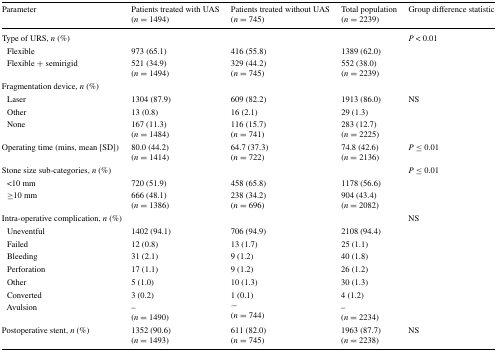
| Parameter | Patients treated with UAS(n = 1494) | Patients treated without UAS(n = 745) | Total population(n = 2239) | Group difference statistic |
 | --- | --- | --- | --- | --- |
 | Type of URS, n (%) |  |  |  | P < 0.01 |
 | Flexible | 973 (65.1) | 416 (55.8) | 1389 (62.0) |  |
 | Flexible + semirigid | 521 (34.9)(n = 1494) | 329 (44.2)(n = 745) | 552 (38.0)(n = 2239) |  |
 | Fragmentation device, n (%) |  |  |  |  |
 | Laser | 1304 (87.9) | 609 (82.2) | 1913 (86.0) | NS |
 | Other | 13 (0.8) | 16 (2.1) | 29 (1.3) |  |
 | None | 167 (11.3)(n = 1484) | 116 (15.7)(n = 741) | 283 (12.7)(n = 2225) |  |
 | Operating time (mins, mean [SD]) | 80.0 (44.2)(n = 1414) | 64.7 (37.3)(n = 722) | 74.8 (42.6)(n = 2136) | P ≤ 0.01 |
 | Stone size sub-categories, n (%) |  |  |  | P ≤ 0.01 |
 | <10 mm | 720 (51.9) | 458 (65.8) | 1178 (56.6) |  |
 | ≥10 mm | 666 (48.1)(n = 1386) | 238 (34.2)(n = 696) | 904 (43.4)(n = 2082) |  |
 | Intra-operative complication, n (%) |  |  |  | NS |
 | Uneventful | 1402 (94.1) | 706 (94.9) | 2108 (94.4) |  |
 | Failed | 12 (0.8) | 13 (1.7) | 25 (1.1) |  |
 | Bleeding | 31 (2.1) | 9 (1.2) | 40 (1.8) |  |
 | Perforation | 17 (1.1) | 9 (1.2) | 26 (1.2) |  |
 | Other | 5 (1.0) | 10 (1.3) | 30 (1.3) |  |
 | Converted | 3 (0.2) | 1 (0.1) | 4 (1.2) |  |
 | Avulsion | –(n = 1490) | −(n = 744) | –(n = 2234) |  |
 | Postoperative stent, n (%) | 1352 (90.6)(n = 1493) | 611 (82.0)(n = 745) | 1963 (87.7)(n = 2238) | NS |